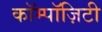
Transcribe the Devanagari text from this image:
कॉम्पॉज़िटी